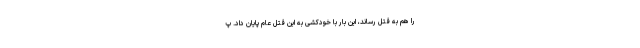
را هم به قتل رساند، این بار با خودکشی به این قتل عام پایان داد. پ